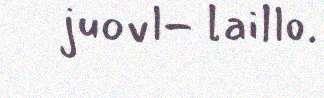
juovl- laillo.